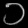
Digit: ၁